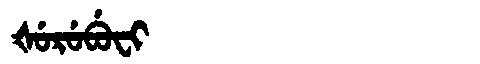
Manchu: ᡧᡠᡵᡠᠪᡠᠸᡳ
Romanization: ŠURUBUFI